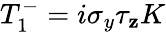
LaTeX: T_{1}^{-}=i\sigma_{y}\tau_{\mathbf{z}}K